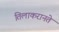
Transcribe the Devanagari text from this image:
तिलाकरानते